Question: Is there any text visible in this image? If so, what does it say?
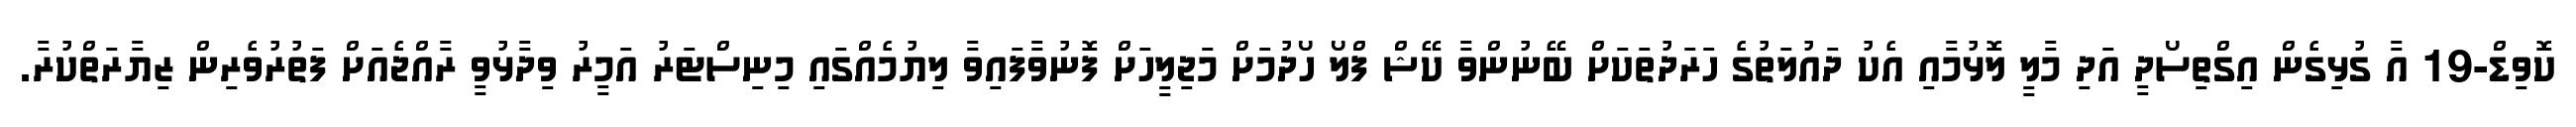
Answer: ކޮވިޑް-19 އާ ގުޅިގެން އިގްތިސޯދީ އަދި މާލީ ލޮޅުމާއި އެކު ދައުލަތުގެ ހަރަދުތަކަށް ބޭނުންވާ ކޭޝް ފްލޯ ހޯދުމަށް މަޖިލީހަށް ފޮނުވާފައިވާ ލިޔުމެއްގައި މިނިސްޓަރު އަމީރު ވިދާޅުވީ ރާއްޖެއަށް ފަތުރުވެރިން ޒިޔާރަތްކުރާ.